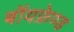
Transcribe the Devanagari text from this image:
बॉयफ्रेण्ड